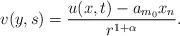
LaTeX: \begin{align*} v(y,s)=\frac{u(x,t)-a_{m_0}x_n}{r^{1+\alpha}}.\end{align*}